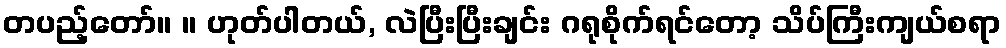
တပည့်တော်။ ။ ဟုတ်ပါတယ်, လဲပြီးပြီးချင်း ဂရုစိုက်ရင်တော့ သိပ်ကြီးကျယ်စရာ